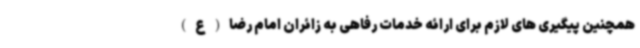
همچنین پیگیری های لازم برای ارائه خدمات رفاهی به زائران امام رضا(ع)